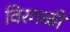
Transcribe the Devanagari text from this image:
विरगळी